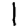
Digit: 1